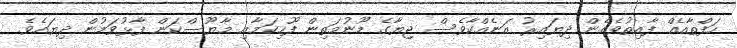
ހަފްތާއެއް ފާއިތުވެގެން ދިޔައިރު އަނެއްކާވެސް ޖިޔާގެ މޫނުމަތިން ފޫހިކަމާއި މާޔޫސްކަން ފާޅުވަމުން ދިޔައެވެ.